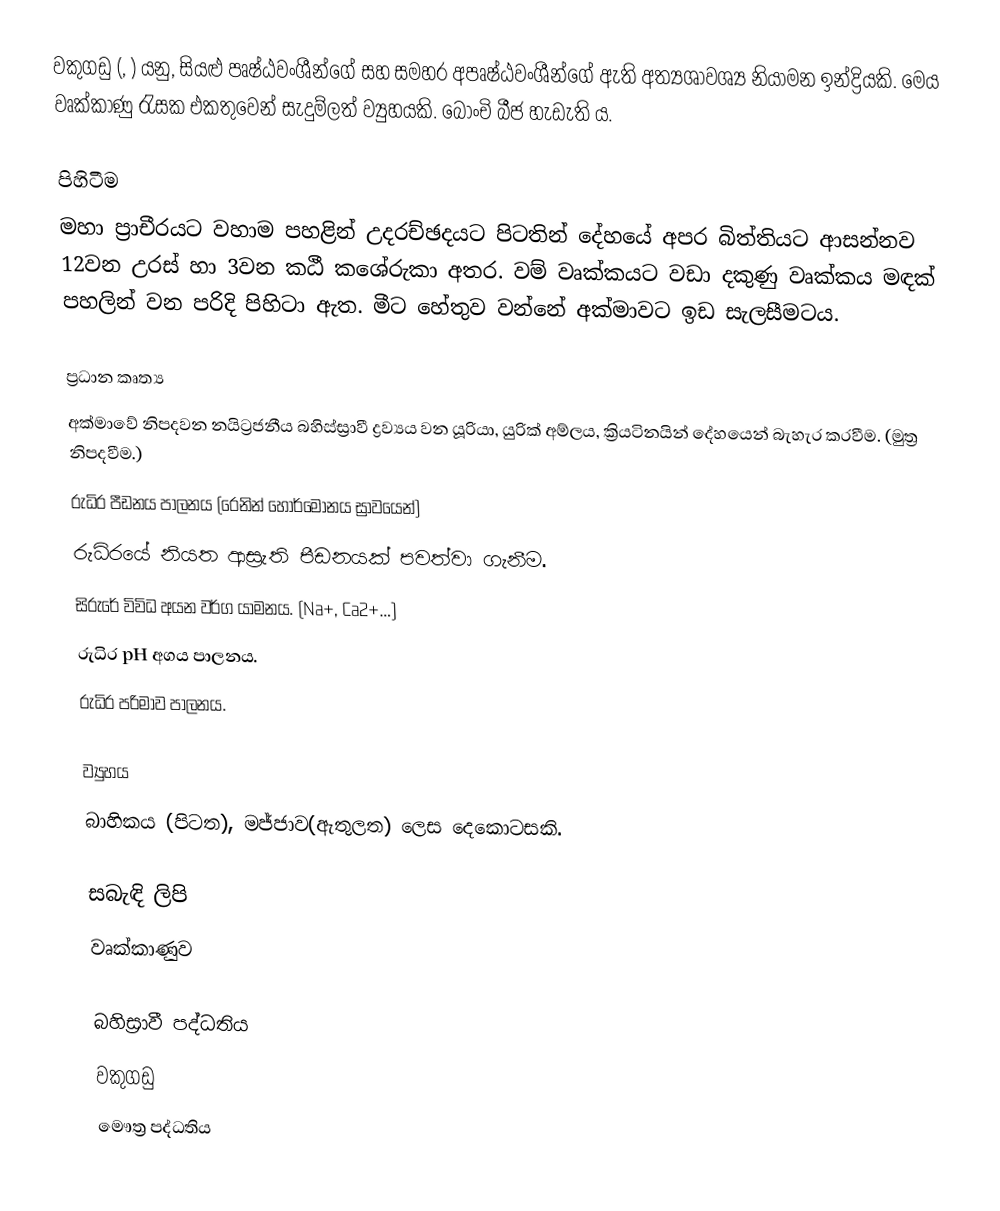
වකුගඩු (, ) යනු, සියළු පෘෂ්ඨවංශීන්ගේ සහ සමහර අපෘෂ්ඨවංශීන්ගේ ඇති අත්‍යශාවශ්‍ය නියාමන ඉන්ද්‍රියකි. මෙය වෘක්කාණු රැසක එකතුවෙන් සැදුම්ලත් ව්‍යුහයකි. බෝංචි බීජ හැඩැති ය.

පිහිටීම
මහා ප්‍රාචීරයට වහාම පහළින් උදරච්ඡදයට පිටතින් දේහයේ අපර බිත්තියට ආසන්නව 12වන උරස් හා 3වන කඨී කශේරුකා අතර. වම් වෘක්කයට වඩා දකුණු වෘක්කය මඳක් පහලින් වන පරිදි පිහිටා ඇත. මීට හේතුව වන්නේ අක්මාවට ඉඩ සැලසීමටය.

ප්‍රධාන කෘත්‍ය
 අක්මාවේ නිපදවන නයිට්‍රජනීය බහිස්ස්‍රාවී ද්‍රව්‍යය වන යූරියා, යුරික් අම්ලය, ක්‍රියටිනයින් දේහයෙන් බැහැර කරවීම.  (මුත්‍ර නිපදවීම.)
 රුධිර පීඩනය පාලනය (රෙනින් හෝර්මෝනය ස්‍රාවයෙන්)
 රුධිරයේ නියත ආස්‍රැති පීඩනයක් පවත්වා ගැනීම.
 සිරුරේ විවිධ අයන වර්ග යාමනය. (Na+, Ca2+…)
 රුධිර pH අගය පාලනය.
 රුධිර පරිමාව පාලනය.

ව්‍යුහය
බාහිකය (පිටත), මජ්ජාව(ඇතුලත) ලෙස දෙකොටසකි.

සබැඳි ලිපි
 වෘක්කාණුව

බහිස්‍රාවී පද්ධතිය
වකුගඩු
මෞත්‍ර පද්ධතිය